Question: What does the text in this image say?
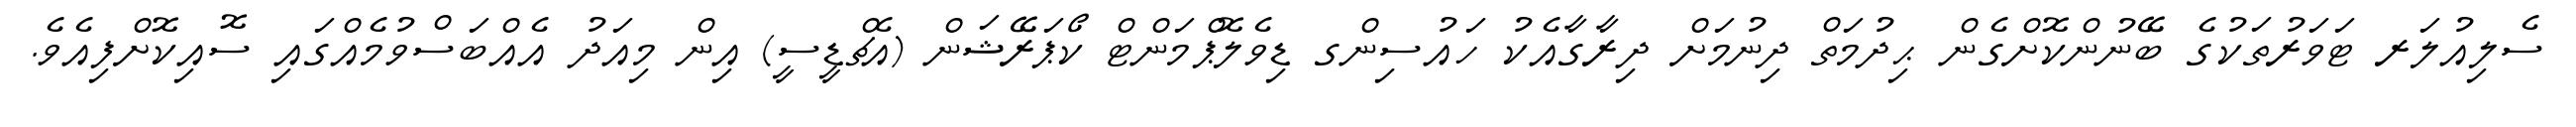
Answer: ސެލިއުލަރ ޓަވަރުތަކުގެ ބޭނުންކޮށްގެން ޙިދުމަތް ދިނުމަށް ދިރާގާއެކު ހައުސިންގ ޑިވެލޮޕްމަންޓް ކޯޕަރޭޝަން (އެޗްޑީސީ) އިން މިއަދު އެއްބަސްވުމެއްގައި ސޮއިކޮށްފިއެވެ.